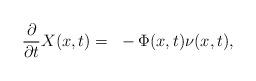
LaTeX: \begin{align*}\frac{\partial}{\partial t}X(x,t)=~-\Phi(x,t)\nu(x,t),\end{align*}